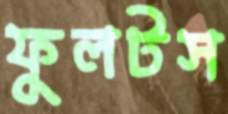
ফুলটস